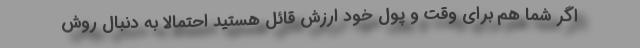
اگر شما هم برای وقت و پول خود ارزش قائل هستید احتمالا به دنبال روش